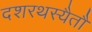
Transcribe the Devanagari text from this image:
दशरथस्यैतौ